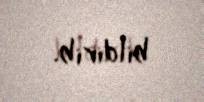
bildirib.